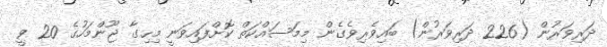
ދަރިވަރުން (226 ދަރިވަރުން) ބައިވެރިވެގެން މިމަސައްކަތް ކޮށްފައިވަނީ މިހިގާ ޖޫންމަހުގެ 20 ވީ